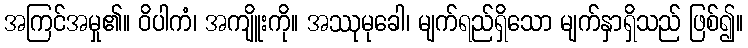
အကြင်အမှု၏။ ဝိပါကံ၊ အကျိူးကို။ အဿုမုခေါ၊ မျက်ရည်ရှိသော မျက်နှာရှိသည် ဖြစ်၍။